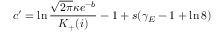
c ^ { \prime } = \ln \frac { \sqrt { 2 \pi } \kappa e ^ { - b } } { K _ { + } ( i ) } - 1 + s ( \gamma _ { E } - 1 + \ln 8 )